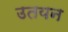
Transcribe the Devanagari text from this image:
उतयन